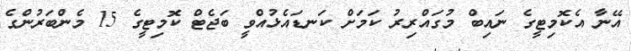
އޭނާ އެކޮމިޓީގެ ނައިބް މުގައްރިރު ކަމަށް ކަނޑައެޅުއްވީ ބަޖެޓް ކޮމިޓީގެ 15 މެންބަރުންގެ